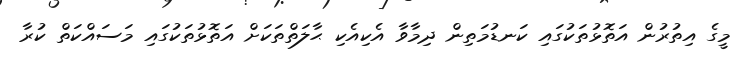
މީގެ އިތުރުން އަތޮޅުތަކުގައި ކަނޑުމަތިން ދިމާވާ އެކިއެކި ޙާލަތްތަކަށް އަތޮޅުތަކުގައި މަސައްކަތް ކުރާ